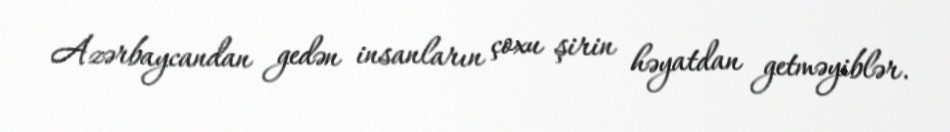
Azərbaycandan gedən insanların çoxu şirin həyatdan getməyiblər.